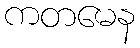
ကတမေန